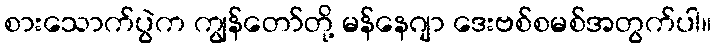
စားသောက်ပွဲက ကျွန်တော်တို့ မန်နေဂျာ ဒေးဗစ်စမစ်အတွက်ပါ။